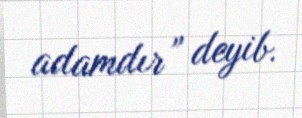
adamdır” deyib.